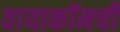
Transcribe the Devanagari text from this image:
वायाकॉमची